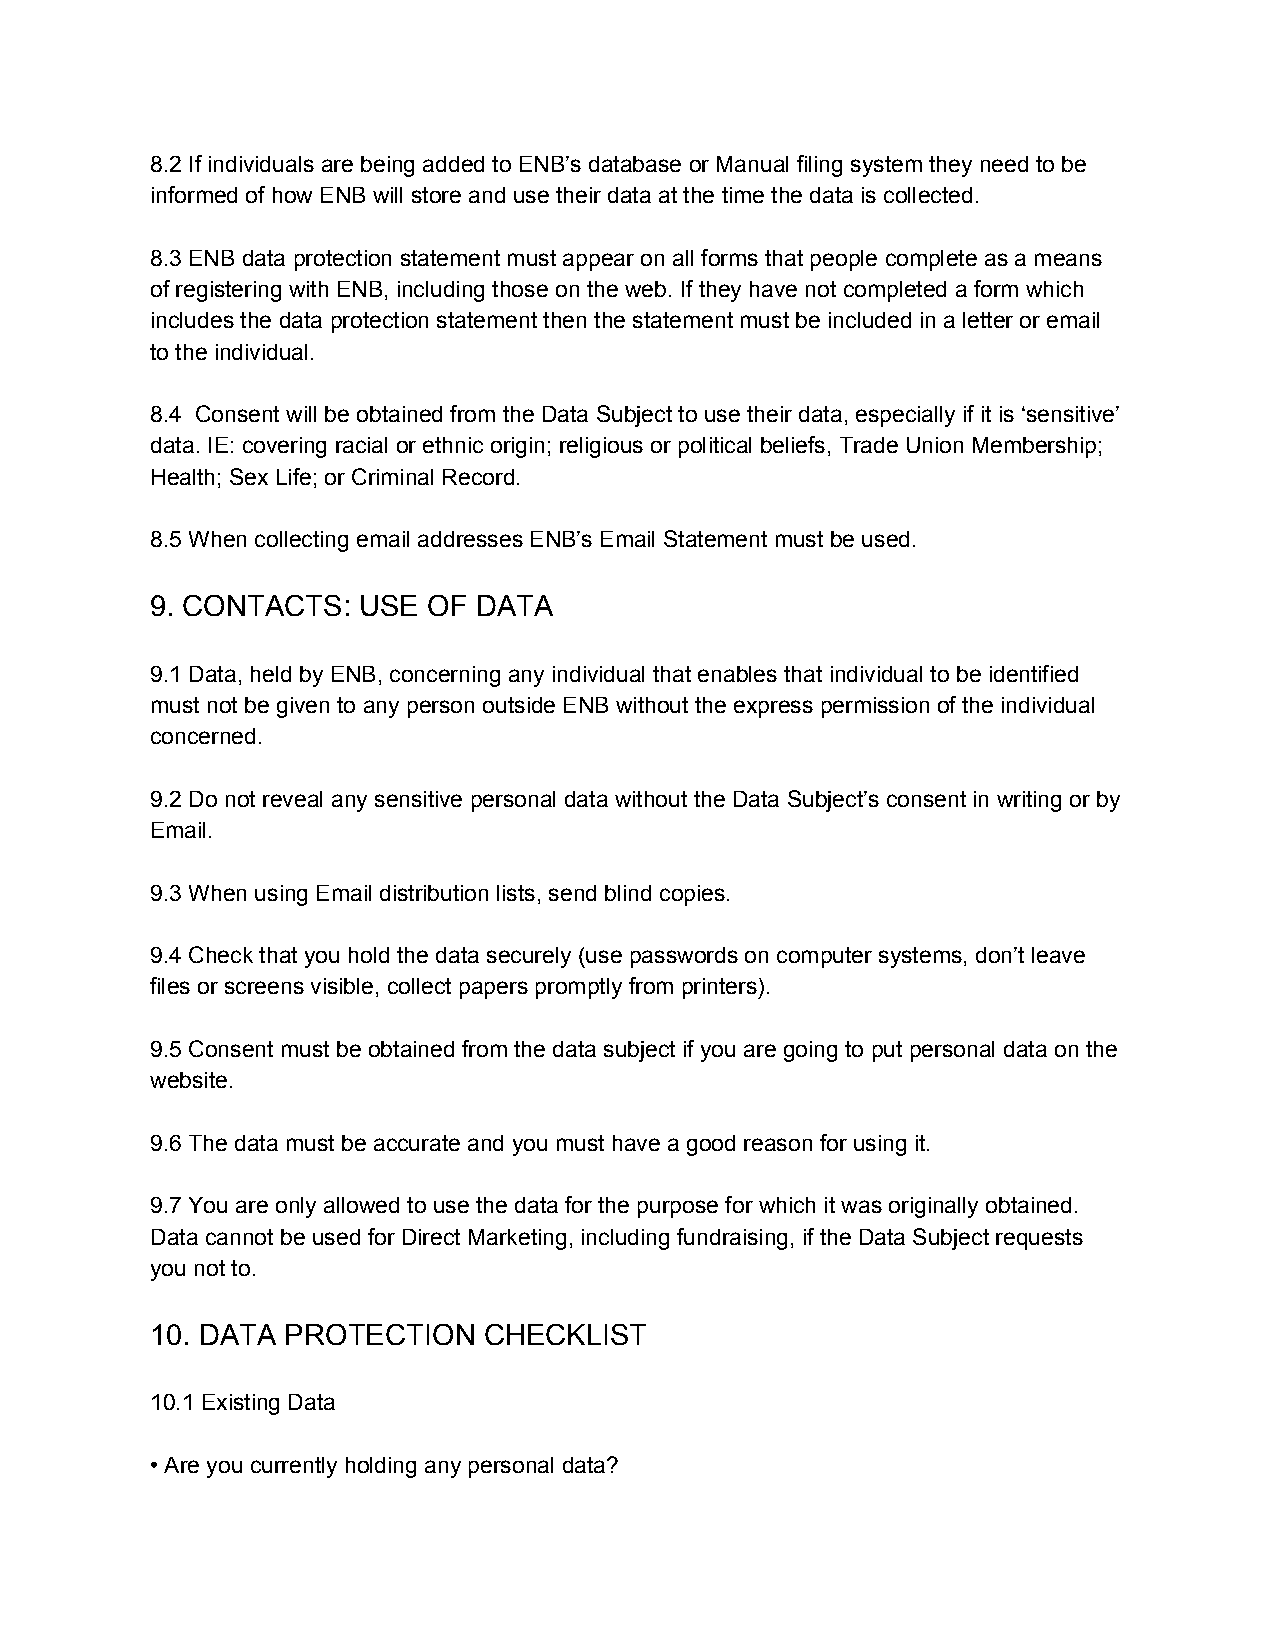
8.2 If individuals are being added to ENB’s database or Manual filing system they need to be
 informed of how ENB will store and use their data at the time the data is collected.
 8.3 ENB data protection statement must appear on all forms that people complete as a means
 of registering with ENB, including those on the web. If they have not completed a form which
 includes the data protection statement then the statement must be included in a letter or email
 to the individual.
 8.4 Consent will be obtained from the Data Subject to use their data, especially if it is ‘sensitive’
 data. IE: covering racial or ethnic origin; religious or political beliefs, Trade Union Membership;
 Health; Sex Life; or Criminal Record.
 8.5 When collecting email addresses ENB’s Email Statement must be used.
 9. CONTACTS:  USE OF DATA
 9.1 Data, held by ENB, concerning any individual that enables that individual to be identified
 must not be given to any person outside ENB without the express permission of the individual
 concerned.
 9.2 Do not reveal any sensitive personal data without the Data Subject’s consent in writing or by
 Email.
 9.3 When using Email distribution lists, send blind copies.
 9.4 Check that you hold the data securely (use passwords on computer systems, don’t leave
 files or screens visible, collect papers promptly from printers).
 9.5 Consent must be obtained from the data subject if you are going to put personal data on the
 website.
 9.6 The data must be accurate and you must have a good reason for using it.
 9.7 You are only allowed to use the data for the purpose for which it was originally obtained.
 Data cannot be used for Direct Marketing, including fundraising, if the Data Subject requests
 you not to.
 10. DATA PROTECTION   CHECKLIST
 10.1 Existing Data
 • Are you currently holding any personal data?